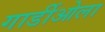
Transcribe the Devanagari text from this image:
गार्डीओला